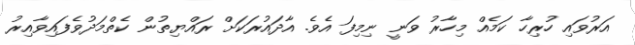
އަރުވައި ހުރިހާ ކަމެއް މިހާރު ވަނީ ނިމިފަ އެވެ. އާދައުރަކަށް ރައްޔިތުން ކެތްމަދުވެފައިވާއިރު